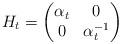
LaTeX: \begin{align*}H_t = \begin{pmatrix}\alpha_t&0\\0&\alpha_t^{-1}\end{pmatrix}\end{align*}